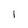
Character: l